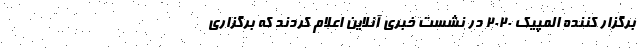
برگزار کننده المپیک 2020 در نشست خبری آنلاین اعلام کردند که برگزاری